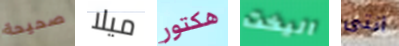
صحيحة ميلا هكتور اليخت انتى